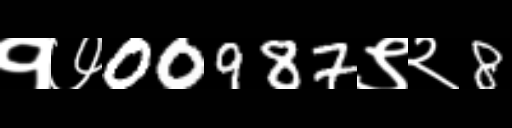
Text: १७00987९२8